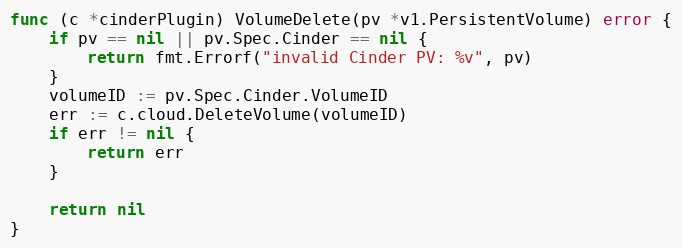
Language: Go
func (c *cinderPlugin) VolumeDelete(pv *v1.PersistentVolume) error {
	if pv == nil || pv.Spec.Cinder == nil {
		return fmt.Errorf("invalid Cinder PV: %v", pv)
	}
	volumeID := pv.Spec.Cinder.VolumeID
	err := c.cloud.DeleteVolume(volumeID)
	if err != nil {
		return err
	}

	return nil
}